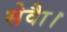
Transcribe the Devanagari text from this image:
सेवाै।